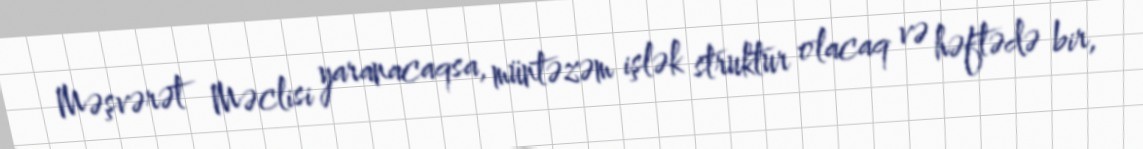
Məşvərət Məclisi yaranacaqsa, müntəzəm işlək struktur olacaq və həftədə bir,